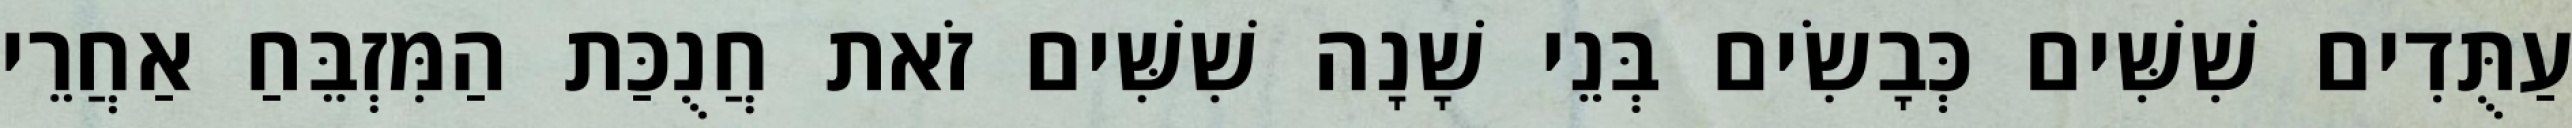
עַתֻּדִים שִׁשִּׁים כְּבָשִׂים בְּנֵי שָׁנָה שִׁשִּׁים זֹאת חֲנֻכַּת הַמִּזְבֵּחַ אַחֲרֵי